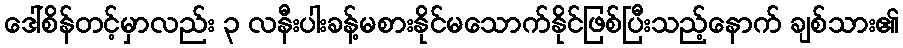
ဒေါ်စိန်တင့်မှာလည်း ၃ လနီးပါးခန့်မစားနိုင်မသောက်နိုင်ဖြစ်ပြီးသည့်နောက် ချစ်သား၏